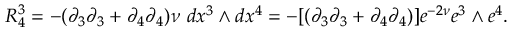
R _ { 4 } ^ { 3 } = - ( \partial _ { 3 } \partial _ { 3 } + \partial _ { 4 } \partial _ { 4 } ) \nu ~ d x ^ { 3 } \wedge d x ^ { 4 } = - [ ( \partial _ { 3 } \partial _ { 3 } + \partial _ { 4 } \partial _ { 4 } ) ] e ^ { - 2 \nu } e ^ { 3 } \wedge e ^ { 4 } .